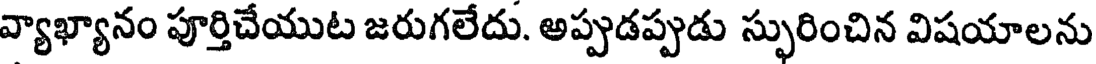
వ్యాఖ్యానం పూర్తిచేయుట జరుగలేదు. అప్పుడప్పుడు స్ఫురించిన విషయాలను